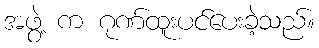
အဖွဲ့ က ဂုဏ်ထူးပင်ပေးခဲ့သည်။